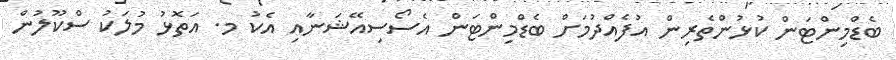
ބެޑްމިންޓަން ކުޅުންތެރިން އުފެއްދުމަށް ބެޑްމިންޓަން އެސޯސިއޭޝަނާއި އެކު މ. އަތޮޅު މުލަކު ސްކޫލުން